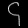
Digit: ၄